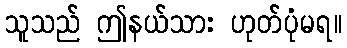
သူသည် ဤနယ်သား ဟုတ်ပုံမရ။